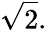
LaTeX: {\sqrt{2}}.